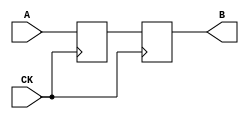
module series_two (A,B,CK);
input wire A,CK;
output reg B; //Tipo reg perche in blocco procedurale
reg X;
/*Dato che il circuito ha 2 flip-flop D in serie uso due blocchi procedurali*/
always@(posedge CK) //Primo flip-flop D
begin
	X<=A;
end

always@(posedge CK)
begin
	B<=X;
end

endmodule